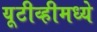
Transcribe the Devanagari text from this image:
यूटीव्हीमध्ये